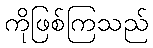
ကိုဖြစ်ကြသည်